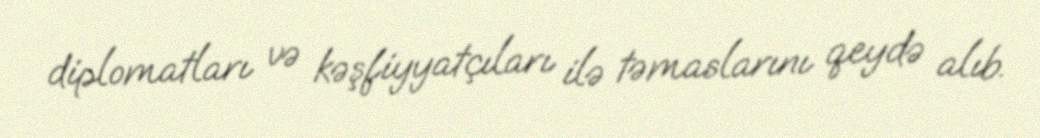
diplomatları və kəşfiyyatçıları ilə təmaslarını qeydə alıb.